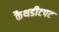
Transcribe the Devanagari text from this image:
कैथडीटपट